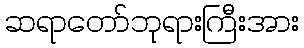
ဆရာတော်ဘုရားကြီးအား